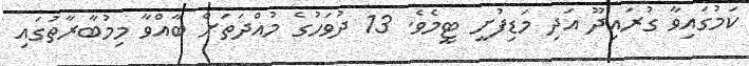
ކަމުގައިވާ ގުރައިދޫ އަދި މަޑިފުށީ ޓީމެވެ. 13 ދުވަހުގެ މުއްދަތަށް ބާއްވާ މިމުބާރާތުގައި